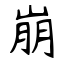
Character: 崩